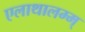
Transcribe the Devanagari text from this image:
एलाथालम्म्